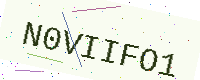
Text: N0VIIFO1